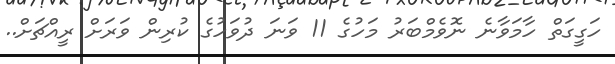
ހަގީގަތް ހާމަވާނެ ނޮވެމްބަރު މަހުގެ 11 ވަނަ ދުވަހުގެ ކުރިން ވަަރަށް ރީއްޗަށް..